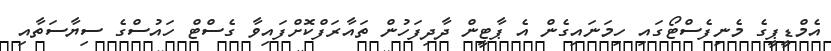
އެމްޑީޕީގެ މެނިފެސްޓޯގައި ހިމަނައިގެން އެ ޕާޓީން ދާދިފަހުން ތައާރަފްކޮށްފައިވާ ގެސްޓް ހައުސްގެ ސިޔާސަތާއި